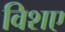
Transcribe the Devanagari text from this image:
विशए